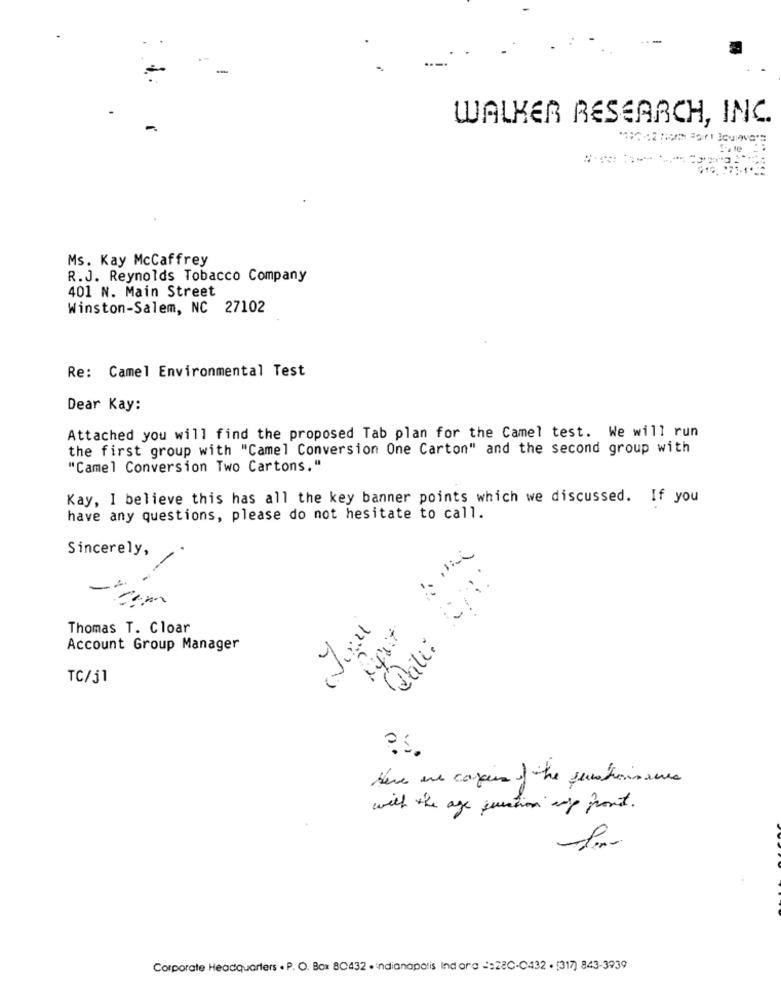
WALKER RESEARCH, INC.
Ms. Kay McCaffrey
R.J. Reynolds Tobacco Company
401 N. Main Street
Winston-Salem, NC 27102
Re: Camel Environmental Test
Dear Kay:
Attached you will find the proposed Tab plan for the Camel test. We will run
the first group with "Camel Conversion One Carton" and the second group with
"Camel Conversion Two Cartons."
Kay, I believe this has all the key banner points which we discussed. If you
have any questions, please do not hesitate to call.
Sincerely,
-
Date: /1:
Thomas T. Cloar
Account Group Manager
TC/51
Here are cajun of the questionsauce
with the age question any front.
Corporate Headquarters . P. O. Box 80432 . indianapolis Indora -: 28C-0432 . [317) 843-3939